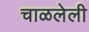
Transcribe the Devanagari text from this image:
चाळलेली